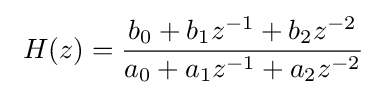
\ H(z)={\frac {b_{0}+b_{1}z^{-1}+b_{2}z^{-2}}{a_{0}+a_{1}z^{-1}+a_{2}z^{-2}}}